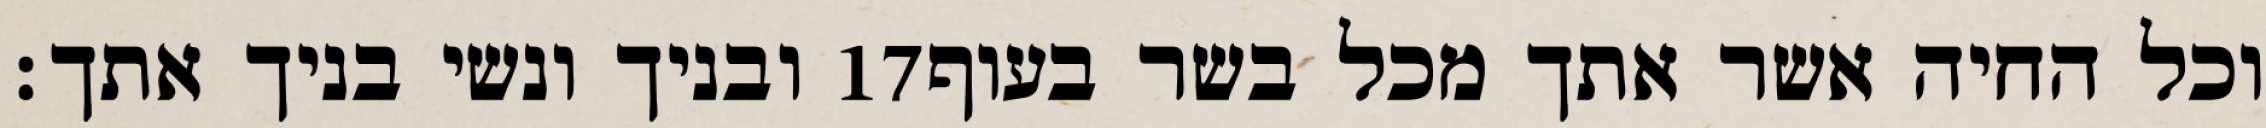
ובניך ונשי בניך אתך׃ ‎17‏ וכל החיה אשר אתך מכל בשר בעוף